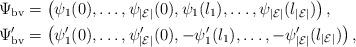
LaTeX: \begin{align*}\Psi_{\mathrm{bv}}&=\left(\psi_1(0),\dots,\psi_{|\mathcal{E}|}(0),\psi_1(l_1),\dots, \psi_{|\mathcal{E}|}(l_{|\mathcal{E}|})\right),\\\Psi_{\mathrm{bv}}'&=\left(\psi_1'(0),\dots,\psi_{|\mathcal{E}|}'(0),-\psi_1'(l_1),\dots, -\psi_{|\mathcal{E}|}'(l_{|\mathcal{E}|})\right),\end{align*}